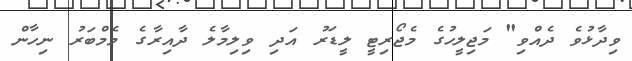
ވިދާޅުވެ ދެއްވި" މަޖިލީހުގެ މެޖޯރިޓީ ލީޑަރު އަދި ވިލިމާލެ ދާއިރާގެ މެމްބަރު ނިހާން